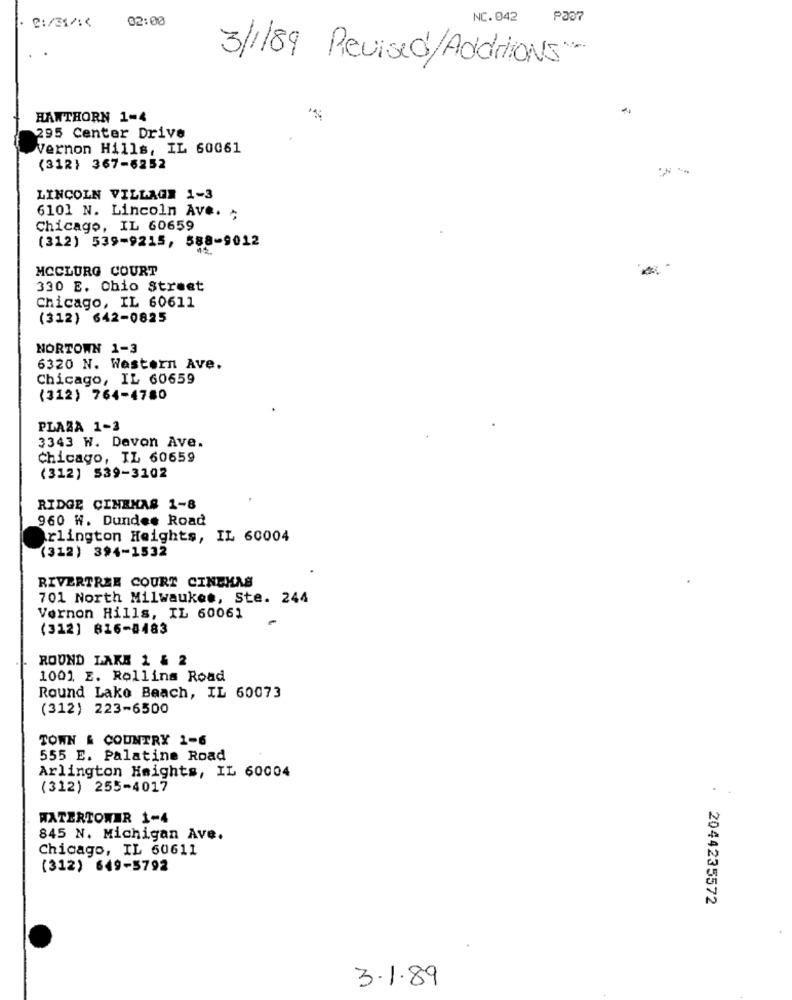
02:00
NC.042
P337
0:/31/ :<
3/1/89 Revised/Additions
HAWTHORN 1-4
295 Center Drive
Vernon Hills, IL 60061
(312} 367-6252
LINCOLN VILLAGE 1-3
6101 N. Lincoln Ave. ¢
Chicago, IL 60659
(312) 539-9215, 588-9012
MCCLURG COURT
330 E. Chio Street
Chicago, IL 60611
(312) 642-0825
NORTOWN 1-3
6320 N. Western Ave.
Chicago, IL 60659
(312) 764-4780
PLAZA 1-3
3343 W. Davon Ave.
Chicago, IL 60659
(312) 539-3102
RIDGE CINEMA# 1-8
960 W. Dundee Road
Arlington Heights, IL 60004
(312) 394-1532
RIVERTREE COURT CINCHAS
701 North Milwaukee, Ste. 244
Vernon Hills, IL 60061
(312] 816-#483
ROUND LAKE 1 & 2
1001 E. Rollins Road
Round Lake Beach, IL 60073
(312) 223-6500
TOWN & COUNTRY 1-6
555 E. Palatine Road
Arlington Heights, IL 60004
(312) 255-4017
WATERTOWER 1-4
845 N. Michigan Ave.
Chicago, IL 60611
(312) 649-5792
2044235572
3.1.89